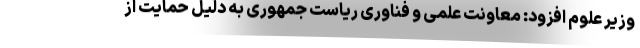
وزیر علوم افزود: معاونت علمی و فناوری ریاست جمهوری به دلیل حمایت از